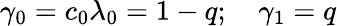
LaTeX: \gamma_{0}=c_{0}\lambda_{0}=1-q;\quad\gamma_{1}=q